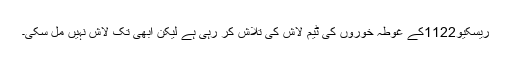
ریسکیو1122کے غوطہ خوروں کی ٹیم لاش کی تلاش کر رہی ہے لیکن ابھی تک لاش نہیں مل سکی۔